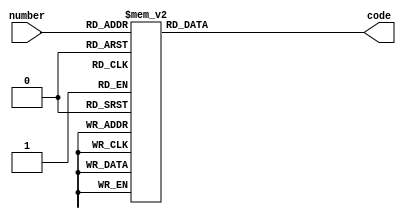
//=================================================
// HEX ENCODER MODULE
//=================================================
module HEX_ENCODER(
   input 			[4:0] 	number,
   output reg		[6:0] 	code
   );
	
	// Code to display hex on 7-Seg displays:
	always @(number)
	begin
		case(number)
			5'b0000: 	code <= ~7'b0111111;
			5'b0001: 	code <= ~7'b0000110;
			5'b0010: 	code <= ~7'b1011011;
			5'b0011: 	code <= ~7'b1001111;
			5'b0100: 	code <= ~7'b1100110;
			5'b0101: 	code <= ~7'b1101101;
			5'b0110: 	code <= ~7'b1111101;
			5'b0111: 	code <= ~7'b0000111;
			5'b1000: 	code <= ~7'b1111111;
			5'b1001: 	code <= ~7'b1101111;
			5'b1010: 	code <= ~7'b1110111;
			5'b1011: 	code <= ~7'b1111100;
			5'b1100: 	code <= ~7'b0111001;
			5'b1101: 	code <= ~7'b1011110;
			5'b1110: 	code <= ~7'b1111001;
			5'b1111: 	code <= ~7'b1110001;
			5'b11111:	code <= ~7'b0000000;
			default: 	code <= ~7'b1000000;
		endcase
	end
	
endmodule
//=================================================
// END HEX ENCODER MODULE
//=================================================